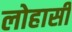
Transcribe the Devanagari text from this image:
लोहासी